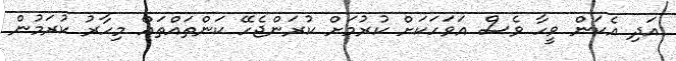
އަދި އެކަން ވީހާ ވެސް އަވަހަކަށް ކުރުމަށް ކުރަންޖެހޭ ކަންތައްތައް މިހާރު ކުރަމުން